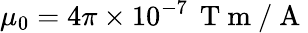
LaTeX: \mu_{0}=4\pi\times 10^{-7}\, \mathrm{~T~m~/~A~}